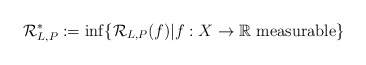
\begin{align*}\mathcal R_{L, P}^* := \inf \{ \mathcal R_{L, P} (f) | f : X \rightarrow \mathbb R ~ \textrm{measurable} \}\end{align*}